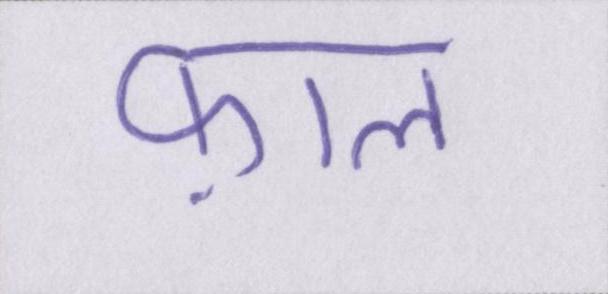
फ़ाल